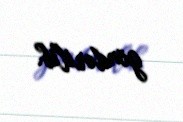
göndərilib.